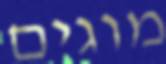
מוגים